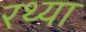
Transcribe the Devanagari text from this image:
रथ्या